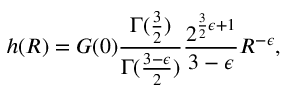
h ( R ) = { \cal G } ( 0 ) \frac { \Gamma ( \frac { 3 } { 2 } ) } { \Gamma ( \frac { 3 - \epsilon } { 2 } ) } \frac { 2 ^ { \frac { 3 } { 2 } \epsilon + 1 } } { 3 - \epsilon } R ^ { - \epsilon } ,